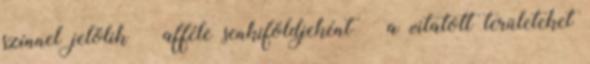
színnel jelölik – afféle senkiföldjeként – a vitatott területeket